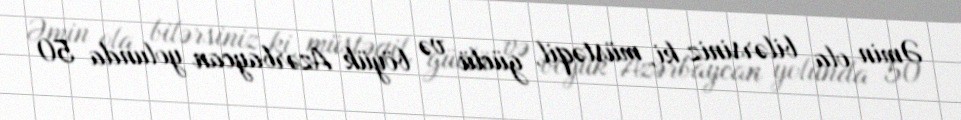
Əmin ola bilərsiniz ki, müstəqil, güclü və böyük Azərbaycan yolunda 50